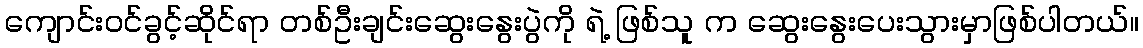
ကျောင်းဝင်ခွင့်ဆိုင်ရာ တစ်ဦးချင်းဆွေးနွေးပွဲကို ရဲ့ ဖြစ်သူ က ဆွေးနွေးပေးသွားမှာဖြစ်ပါတယ်။